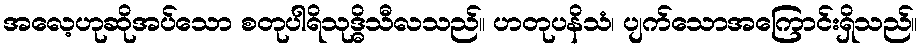
အလေ့ဟုဆိုအပ်သော စတုပါရိသုဒ္ဓိသီလသည်။ ဟတုပနိသံ၊ ပျက်သောအကြောင်းရှိသည်။